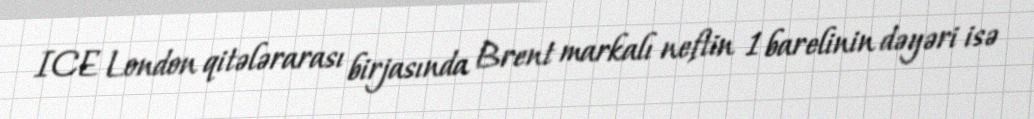
ICE London qitələrarası birjasında Brent markalı neftin 1 barelinin dəyəri isə